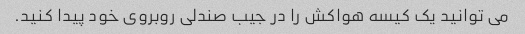
می توانید یک کیسه هواکش را در جیب صندلی روبروی خود پیدا کنید.